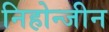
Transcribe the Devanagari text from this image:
निहोन्जीन